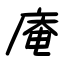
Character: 庵